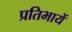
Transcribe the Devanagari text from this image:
प्रतिभायें